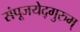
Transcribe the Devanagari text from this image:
संपूजयेद्गुरुम्